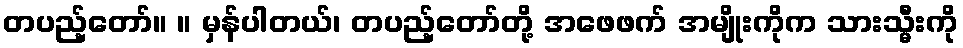
တပည့်တော်။ ။ မှန်ပါတယ်၊ တပည့်တော်တို့ အဖေဖက် အမျိုးကိုက သားသ္မီးကို